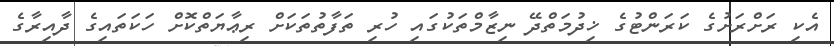
އެކި ރަށްރަށުގެ ކަރަންޓުގެ ޚިދުމަތްދޭ ނިޒާމްތަކުގައި ހުރި ތަފާތުތަކަށް ރިޢާޔަތްކޮށް ހަކަތައިގެ ދާއިރާގެ